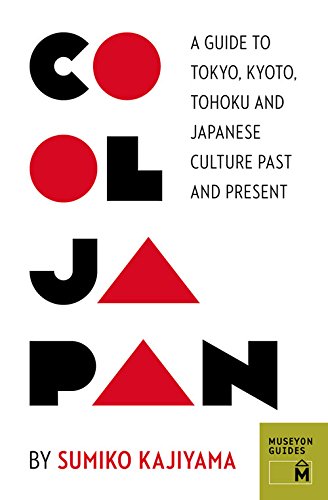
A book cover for Cool Japan: A Guide to Tokyo, Kyoto, Tohoku and Japanese Culture Past and Present (Museyon Guides); Sumiko Kajiyama; History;